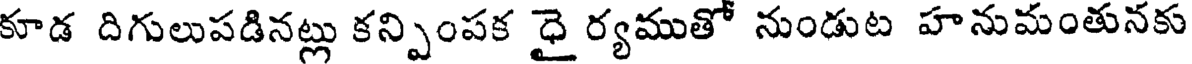
కూడ దిగులుపడినట్లు కన్పింపక ధై ర్యముతో నుండుట హనుమంతునకు